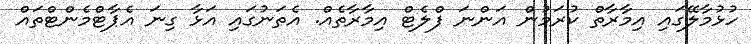
ހުޅުމާލޭގައި އިމާރާތް ކުރަމުން އަންނަ ފްލެޓް އިމާރާތެއް. އެތަނުގައި އަޅާ ގިނަ އެޕާޓްމެންޓްތައް